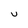
Character: U